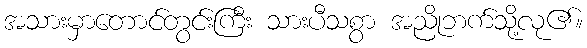
အသားမှာတောင်တွင်းကြီး သားပီသစွာ အညိုဘက်သို့လု၏။